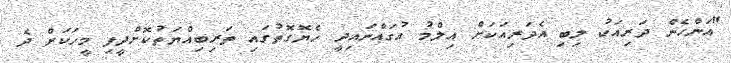
"އަންހެން ދަރިއަކު ލިބި އެދަރިއަކަށް އިލްމު އުގައްނައިދީ ހެޔޮގޮތުގައި ތަރިބިއްޔަތުކޮށްދީފި މީހަކަށް ދެ